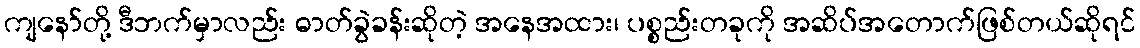
ကျနော်တို့ ဒီဘက်မှာလည်း ဓာတ်ခွဲခန်းဆိုတဲ့ အနေအထား၊ ပစ္စည်းတခုကို အဆိပ်အတောက်ဖြစ်တယ်ဆိုရင်